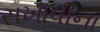
સખાવીના